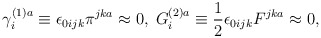
\begin{align*}\gamma _i^{(1)a}\equiv \epsilon _{0ijk}\pi ^{jka}\approx0,\;G_i^{(2)a}\equiv \frac 12\epsilon _{0ijk}F^{jka}\approx 0,\end{align*}